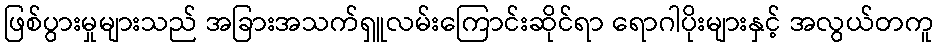
ဖြစ်ပွားမှုများသည် အခြားအသက်ရှူလမ်းကြောင်းဆိုင်ရာ ရောဂါပိုးများနှင့် အလွယ်တကူ